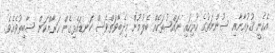
އެހެނީ ޤުރުއާނާއި ސުންނަތުގެ ހުރިހައި ނައްޞުތަކެއް ބެލުމުން މިދެބާވަތްވެސް ކަނޑައެޅިގެން ޙަރާމްކަން ސާބިތުވެއެވެ.